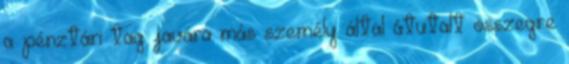
a pénztári tag javára más személy által átutalt összegre